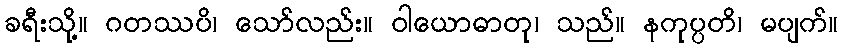
ခရီးသို့။ ဂတဿပိ၊ သော်လည်း။ ဝါယောဓာတု၊ သည်။ နကုပ္ပတိ၊ မပျက်။